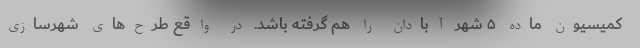
کمیسیون ماده ۵ شهر آبادان را هم گرفته باشد. در واقع طرح‌های شهرسازی